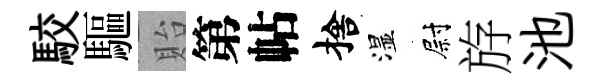
駮驅貽第帖捨湿尉斿池